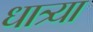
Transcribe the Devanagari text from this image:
धात्र्या